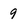
Character: 9